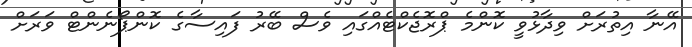
އޭނާ އިތުރަށް ވިދާޅުވީ ކޮންމެ ޕްރޮޖެކްޓެއްގައި ވެސް ބޭރު ފައިސާގެ ކޮންޕޯނެންޓް ވަރަށް